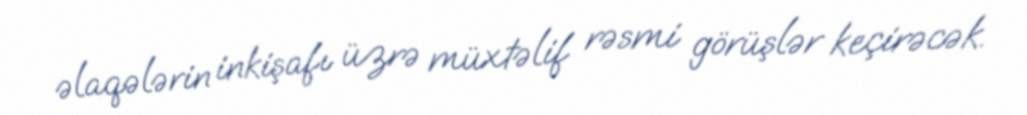
əlaqələrin inkişafı üzrə müxtəlif rəsmi görüşlər keçirəcək.